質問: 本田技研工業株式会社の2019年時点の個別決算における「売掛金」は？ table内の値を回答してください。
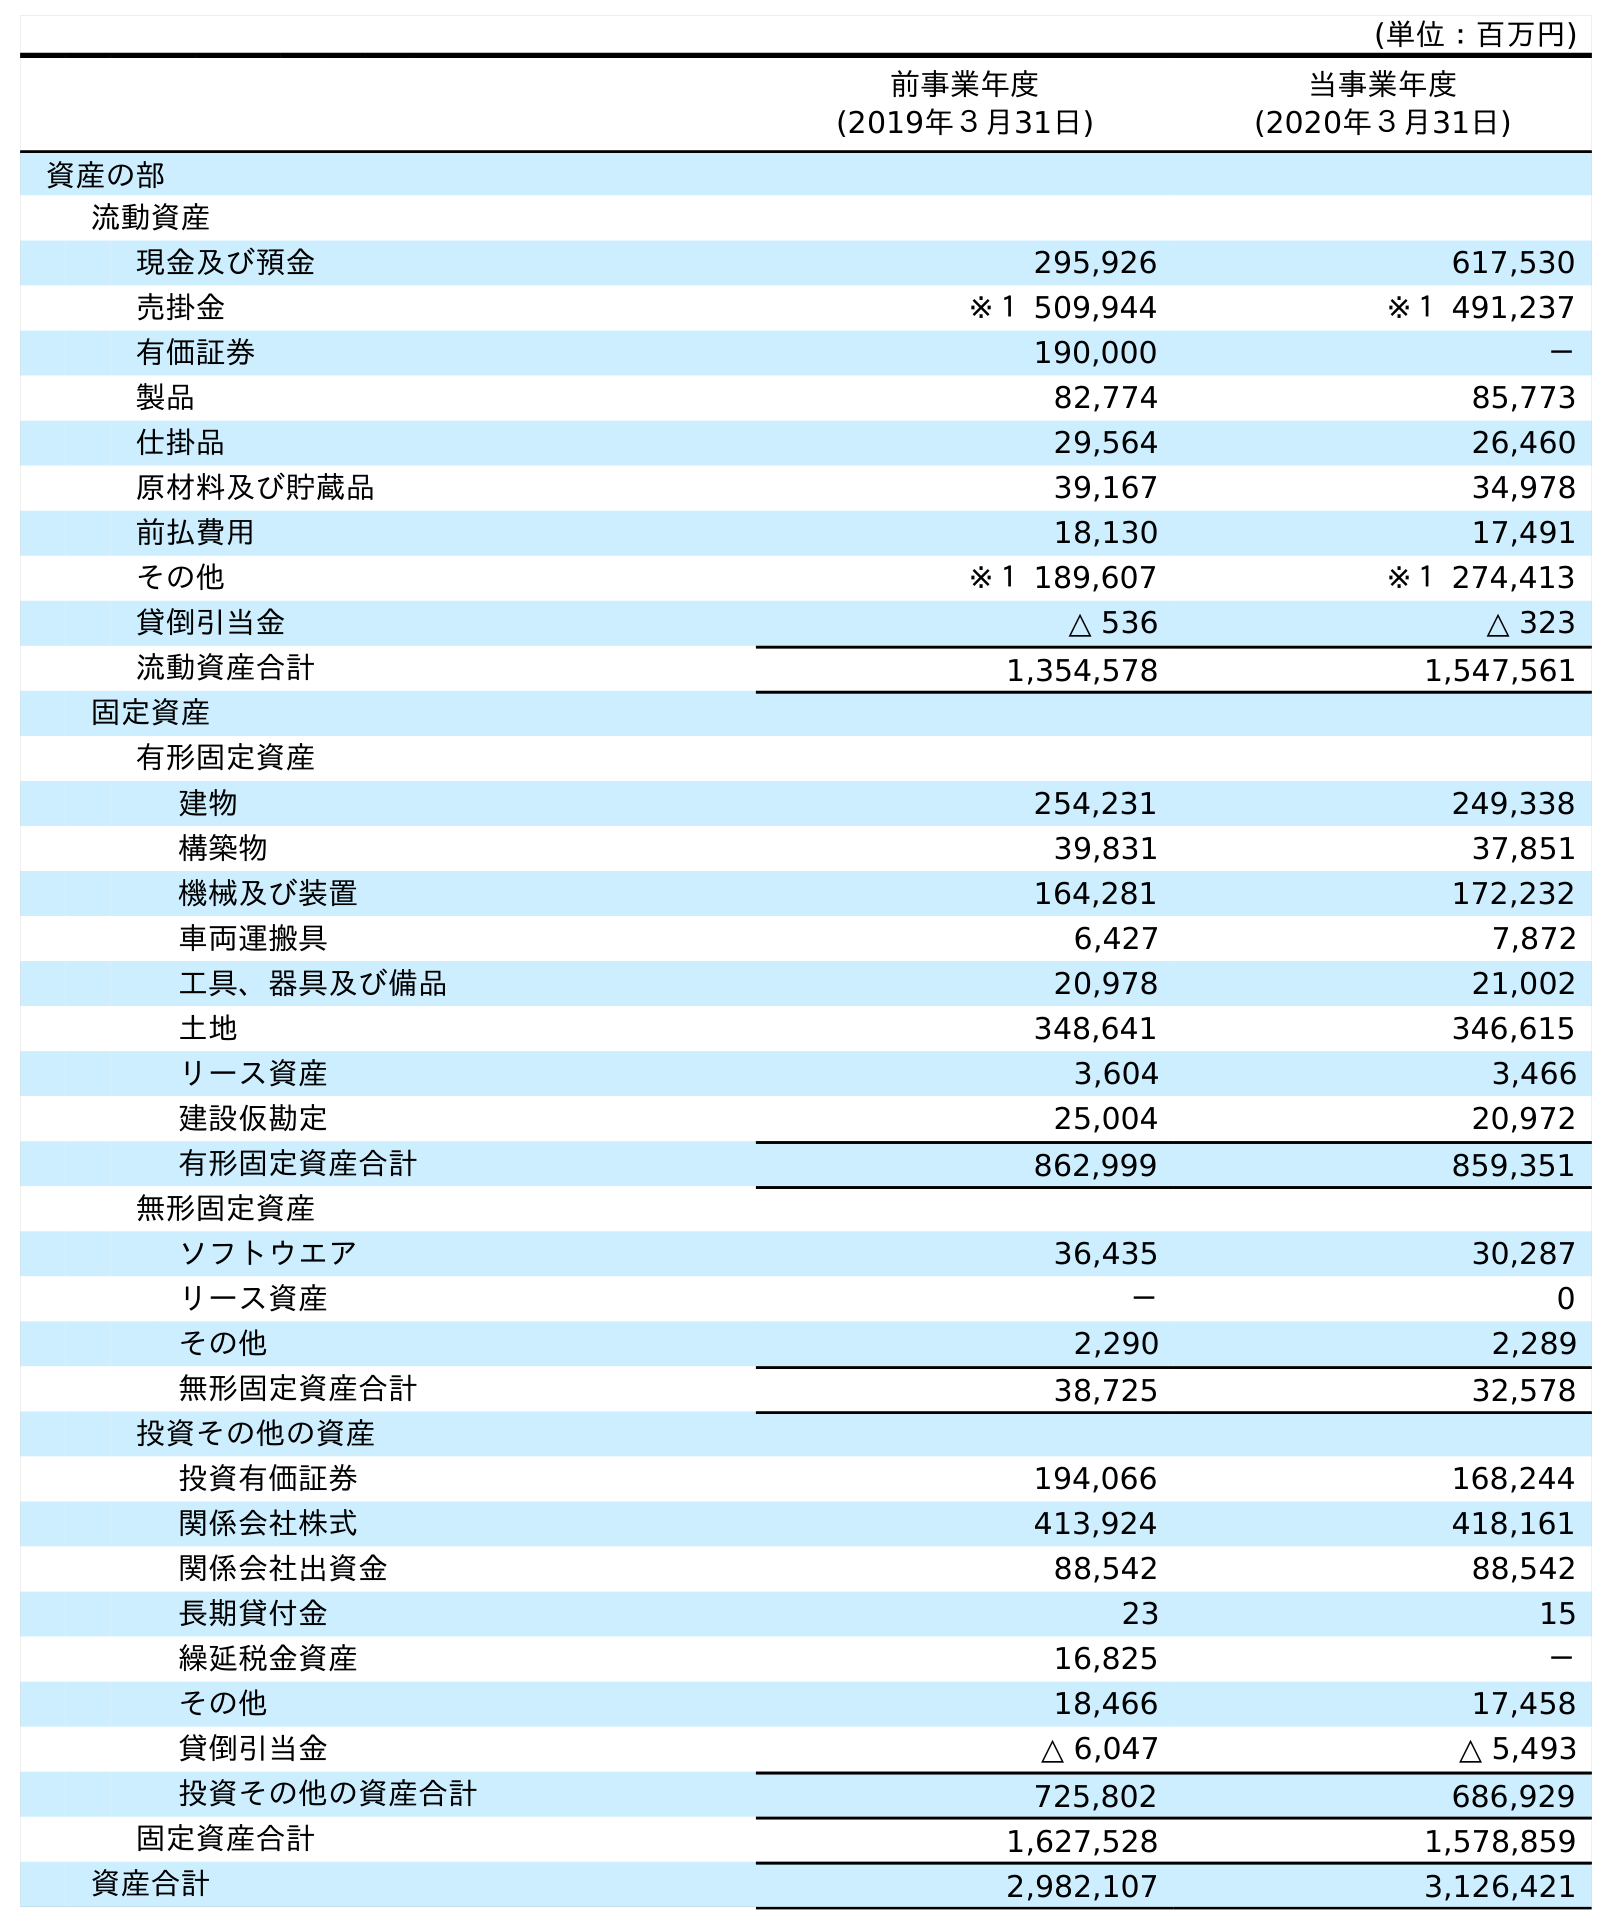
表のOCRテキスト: (単位：百万円) 前事業年度 (2019年３月31日) 当事業年度 (2020年３月31日) 資産の部 流動資産 現金及び預金 295,926 617,530 売掛金 ※１ 509,944 ※１ 491,237 有価証券 190,000 － 製品 82,774 85,773 仕掛品 29,564 26,460 原材料及び貯蔵品 39,167 34,978 前払費用 18,130 17,491 その他 ※１ 189,607 ※１ 274,413 貸倒引当金 △ 536 △ 323 流動資産合計 1,354,578 1,547,561 固定資産 有形固定資産 建物 254,231 249,338 構築物 39,831 37,851 機械及び装置 164,281 172,232 車両運搬具 6,427 7,872 工具、器具及び備品 20,978 21,002 土地 348,641 346,615 リース資産 3,604 3,466 建設仮勘定 25,004 20,972 有形固定資産合計 862,999 859,351 無形固定資産 ソフトウエア 36,435 30,287 リース資産 － 0 その他 2,290 2,289 無形固定資産合計 38,725 32,578 投資その他の資産 投資有価証券 194,066 168,244 関係会社株式 413,924 418,161 関係会社出資金 88,542 88,542 長期貸付金 23 15 繰延税金資産 16,825 － その他 18,466 17,458 貸倒引当金 △ 6,047 △ 5,493 投資その他の資産合計 725,802 686,929 固定資産合計 1,627,528 1,578,859 資産合計 2,982,107 3,126,421
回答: ※１509,944